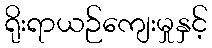
ရိုးရာယဉ်ကျေးမှုနှင့်